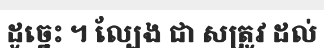
ដូច្នេះ ។ ល្បែង ជា សត្រូវ ដល់